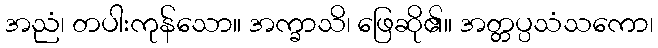
အညံ၊ တပါးကုန်သော။ အက္ခာသိ၊ ဖြေဆို၏။ အတ္တပ္ပသံသကော၊